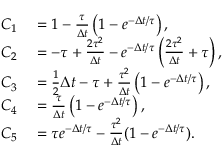
\begin{array} { r l } { C _ { 1 } } & { { } = 1 - \frac { \tau } { \Delta t } \left( 1 - e ^ { - \Delta t / \tau } \right) , } \\ { C _ { 2 } } & { { } = - \tau + \frac { 2 \tau ^ { 2 } } { \Delta t } - e ^ { - \Delta t / \tau } \left( \frac { 2 \tau ^ { 2 } } { \Delta t } + \tau \right) , } \\ { C _ { 3 } } & { { } = \frac 1 2 \Delta t - \tau + \frac { \tau ^ { 2 } } { \Delta t } \left( 1 - e ^ { - \Delta t / \tau } \right) , } \\ { C _ { 4 } } & { { } = \frac { \tau } { \Delta t } \left( 1 - e ^ { - \Delta t / \tau } \right) , } \\ { C _ { 5 } } & { { } = \tau e ^ { - \Delta t / \tau } - \frac { \tau ^ { 2 } } { \Delta t } ( 1 - e ^ { - \Delta t / \tau } ) . } \end{array}